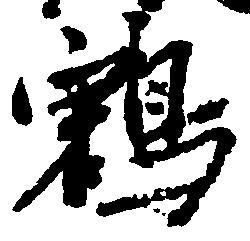
鶴